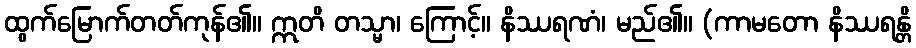
ထွက်မြောက်တတ်ကုန်၏။ ဣတိ တသ္မာ၊ ကြောင့်။ နိဿရဏံ၊ မည်၏။ (ကာမတော နိဿရန္တိ